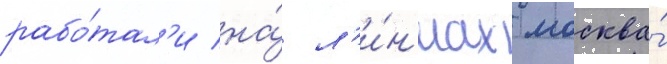
рабо́тал'и на́ л'и́н'иах москва́